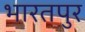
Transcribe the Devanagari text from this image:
भारतपुर